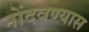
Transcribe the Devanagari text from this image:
नोंदवण्यास